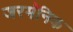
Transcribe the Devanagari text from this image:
जरमॅनिक